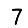
Digit: 7